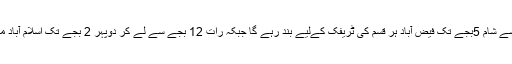
آج، بدھ اور جمعہ کو دوپہر 2 بجے سے شام 5بجے تک فیض آباد ہر قسم کی ٹریفک کےلیے بند رہے گا جبکہ رات 12 بجے سے لے کر دوپہر 2 بجے تک اسلام آباد میں ہیوی ٹریفک کا داخلہ بھی بند ہوگا۔